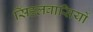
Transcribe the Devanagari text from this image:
सिंहलवासियों